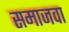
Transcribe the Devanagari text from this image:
समाजवा